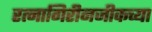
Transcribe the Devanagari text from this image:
रत्नागिरीनजीकच्या